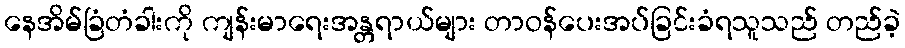
နေအိမ်ခြံတံခါးကို ကျန်းမာရေးအန္တရာယ်များ တာဝန်ပေးအပ်ခြင်းခံရသူသည် တည်ခဲ့